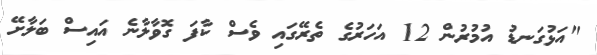
"އަޅުގަނޑު އުމުރުން 12 އަހަރުގެ ތެރޭގައި ވެސް ކާފަ ގޮވާލާނެ އައިސް ބަލާށޭ